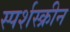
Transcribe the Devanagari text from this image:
स्पर्शस्क्रीन